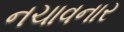
નચાવનાર